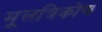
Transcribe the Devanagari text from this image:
मूलत्रिकोण